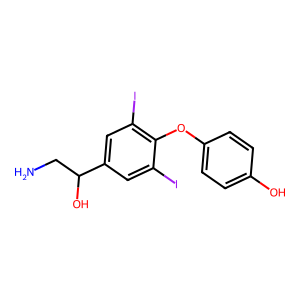
SMILES: NCC(O)c1cc(I)c(Oc2ccc(O)cc2)c(I)c1
Inhibits HIV replication: No